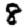
Digit: 8